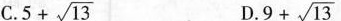
C $$5+ \sqrt{13}$$ $$D $$.9+ \sqrt{13}$$